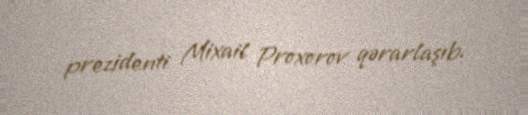
prezidenti Mixail Proxorov qərarlaşıb.